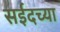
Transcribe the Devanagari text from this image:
सईदच्या